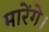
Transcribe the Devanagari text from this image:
मारेंगे।